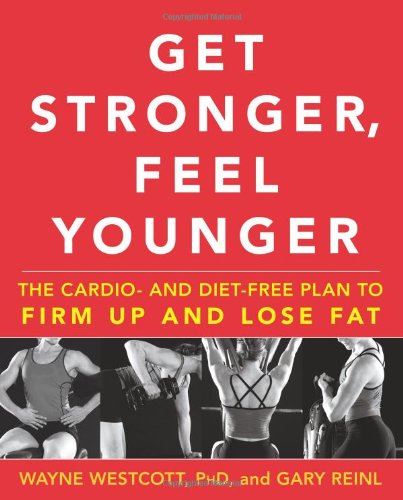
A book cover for Get Stronger, Feel Younger: The Cardio and Diet-Free Plan to Firm Up and Lose Fat; Wayne Westcott PhD; Health, Fitness & Dieting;